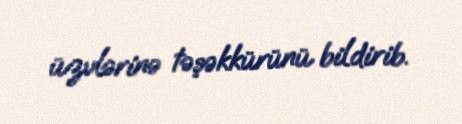
üzvlərinə təşəkkürünü bildirib.